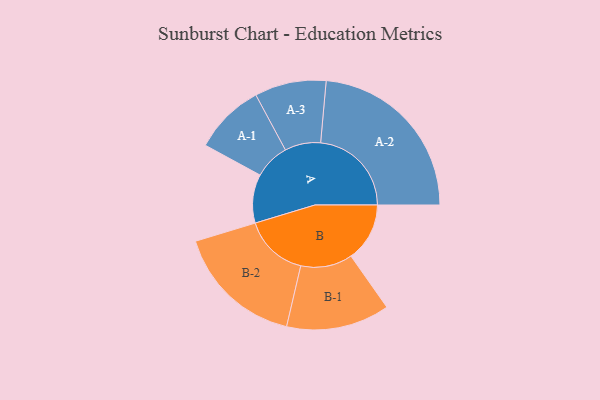
{"axis": {"x": "Segment", "y": "Value"}, "legend": ["", "A", "B"], "data": [{"x": "A", "y": 159, "type": ""}, {"x": "B", "y": 192, "type": ""}, {"x": "A-1", "y": 116, "type": "A"}, {"x": "A-2", "y": 297, "type": "A"}, {"x": "A-3", "y": 117, "type": "A"}, {"x": "B-1", "y": 169, "type": "B"}, {"x": "B-2", "y": 210, "type": "B"}]}